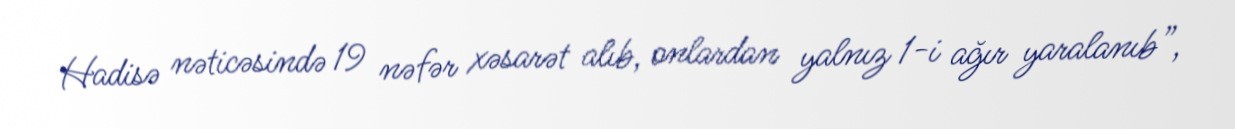
Hadisə nəticəsində 19 nəfər xəsarət alıb, onlardan yalnız 1-i ağır yaralanıb”,